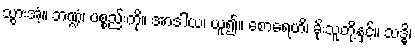
သွားအံ့။ ဘဏ္ဍံ၊ ပစ္စည်းကို။ အာဒါယ၊ ယူ၍။ စောရေဟိ၊ ခိုးသူတို့နှင့်။ သဒ္ဓိ၊